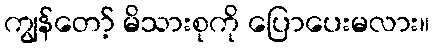
ကျွန်တော့် မိသားစုကို ပြောပေးမလား။